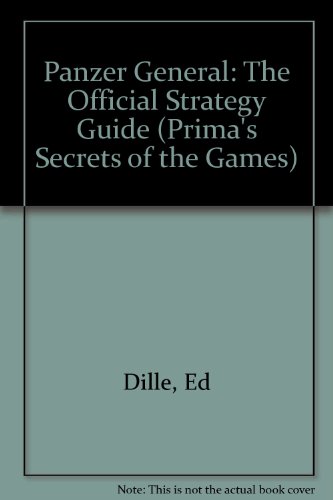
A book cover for Panzer General: The Official Strategy Guide (Prima's Secrets of the Games); Ed Dille; Science Fiction & Fantasy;